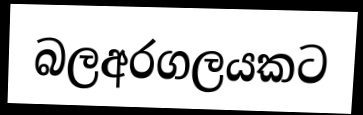
බලඅරගලයකට